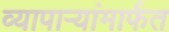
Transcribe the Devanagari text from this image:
व्यापाऱ्यांमार्फत